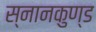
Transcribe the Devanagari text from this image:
स्‍नानकुण्‍ड